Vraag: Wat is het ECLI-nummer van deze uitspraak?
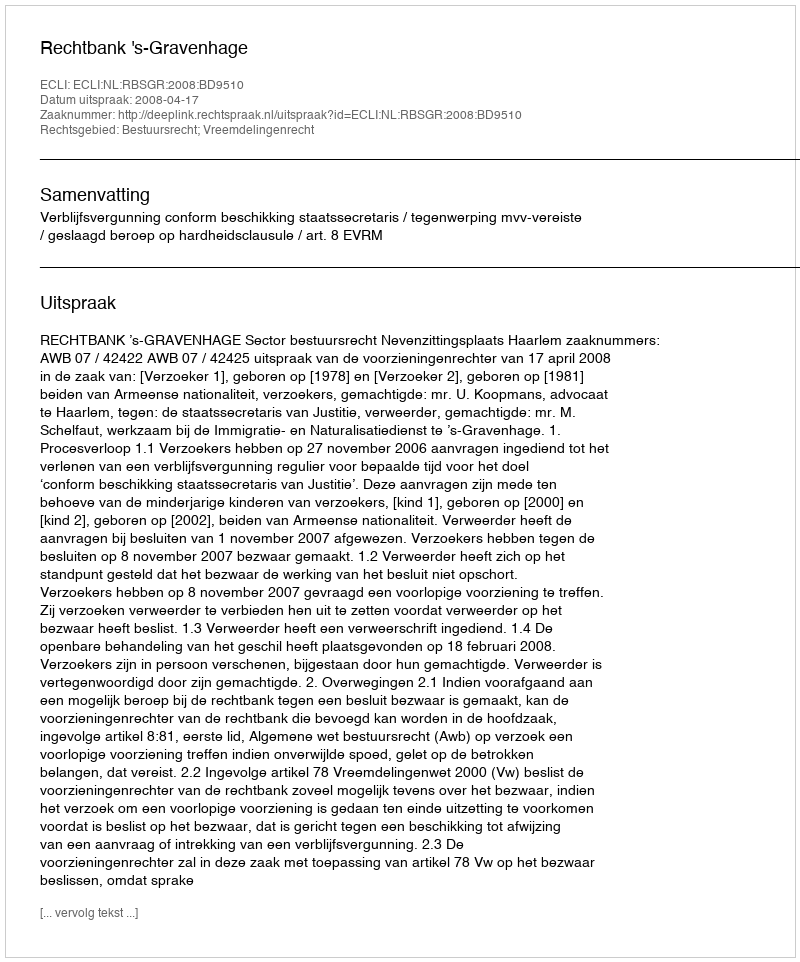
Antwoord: ECLI:NL:RBSGR:2008:BD9510